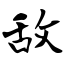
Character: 敌